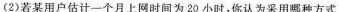
(2)若某用户估计一个月上网时间为20小时，你认为采用哪种方式